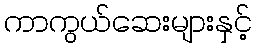
ကာကွယ်ဆေးများနှင့်